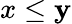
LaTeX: x\leq\mathbf{y}